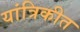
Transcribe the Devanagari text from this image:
यांत्रिकीत